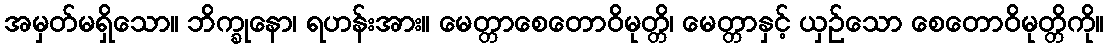
အမှတ်မရှိသော။ ဘိက္ခုနော၊ ရဟန်းအား။ မေတ္တာစေတောဝိမုတ္တိ၊ မေတ္တာနှင့် ယှဉ်သော စေတောဝိမုတ္တိကို။